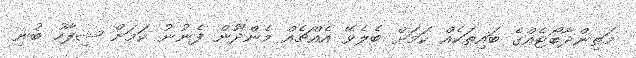
މަތިންދާބޯޓެއްގެ ބައިތަކެއް ކަމަށް ބެލެވޭ އެއްޗެއް މެންދޫން ފެނުނު ކަމަށް ޝިފާހު ބުނި